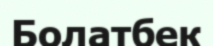
Болатбек